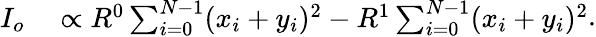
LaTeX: \begin{array}{rl}{I_{o}}&{{}\propto R^{0}\sum_{i=0}^{N-1}(x_{i}+y_{i})^{2}-R^{1}\sum_{i=0}^{N-1}(x_{i}+y_{i})^{2}}\end{array}.